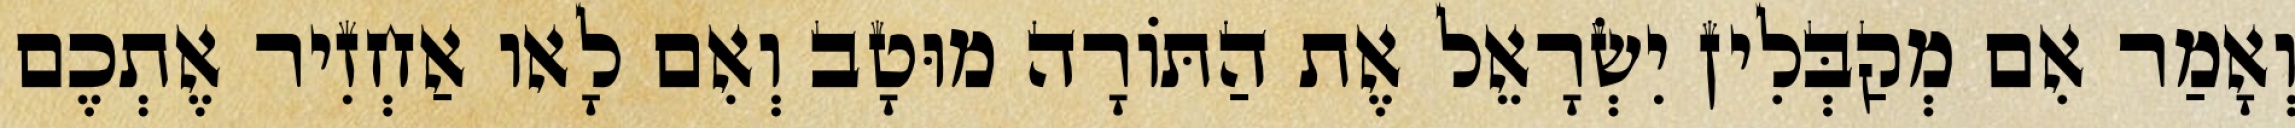
וְאָמַר אִם מְקַבְּלִין יִשְׂרָאֵל אֶת הַתּוֹרָה מוּטָב וְאִם לָאו אַחְזִיר אֶתְכֶם